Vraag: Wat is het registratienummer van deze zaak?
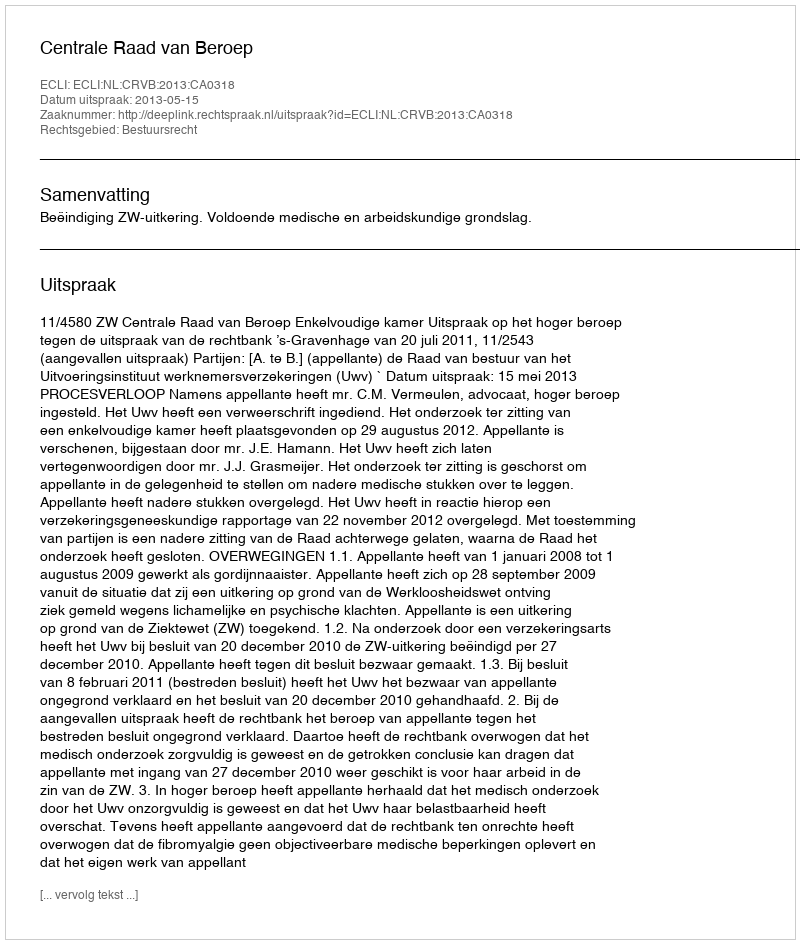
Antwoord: http://deeplink.rechtspraak.nl/uitspraak?id=ECLI:NL:CRVB:2013:CA0318